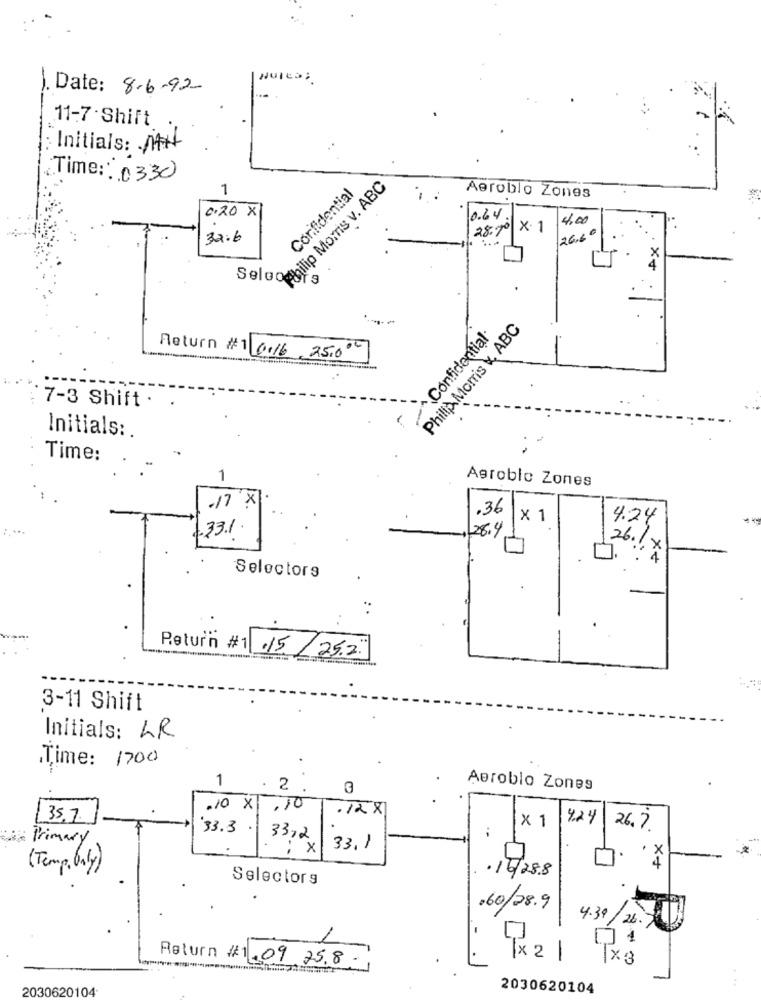
NUICO:
). Date: 8-6-92
11-7 - Shift
Initials: MH
Time: 0330
1
Philip Morris v. ABC
Confidential
Aeroblo Zones
0.20 X
0.64
4.00
28.70 X·1
32.6
26.6
×4
Selon
Confidential
Philip Morris \, ABC
Return #1 6:16 25.000
7-3 Shift .
Initials :.
Time:
1
Agroblo Zones
.17 x
.36
× 1
4.24
331.
28.4
26
. X
Selectors
Return #1 .15 / 25.2.
3-11 Shift
Initials: LR
Time: 1700
1
2 .
Aeroblo Zones
.10 X1 ,10
.12 X
35.7.
× 1
4.24
33.3 .
26.7
Primary
33,2
: x
33,1
x
4
(Temp, Only)
16/28.8
Selectors
.60/28.9
4.39
26.
Return #1.09.25.8
×2 |
Tx3
2030620104
2030620104